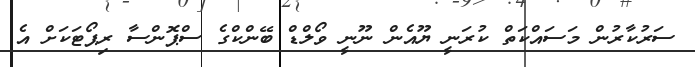
ސަރުކާރުން މަސައްކަތް ކުރަނީ ޔޫއެން ނޫނީ ވޯލްޑް ބޭންކްގެ ސްޕޮންސާ ރިޕޯޓަކަށް އެ